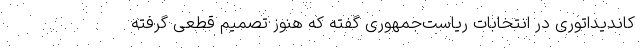
کاندیداتوری در انتخابات ریاست‌جمهوری گفته که هنوز تصمیم قطعی گرفته